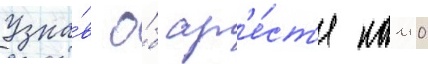
Узна́в о́б ар'е́ст'е камо